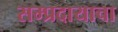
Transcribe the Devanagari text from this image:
सम्प्रदायाचा